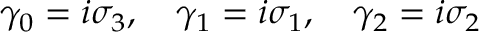
\gamma _ { 0 } = i \sigma _ { 3 } , \quad \gamma _ { 1 } = i \sigma _ { 1 } , \quad \gamma _ { 2 } = i \sigma _ { 2 }